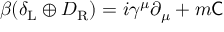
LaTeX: \beta ( \delta _ { \mathrm { { L } } } \oplus D _ { \mathrm { { R } } } ) = i \gamma ^ { \mu } \partial _ { \mu } + m { \mathsf { C } }